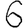
Digit: 6